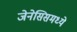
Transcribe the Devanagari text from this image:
जेनेसिसमध्ये